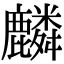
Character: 麟